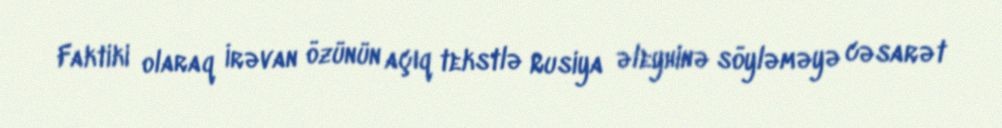
Faktiki olaraq İrəvan özünün açıq tekstlə Rusiya əleyhinə söyləməyə cəsarət